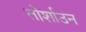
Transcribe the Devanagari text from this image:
तोर्शाउन